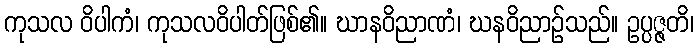
ကုသလ ဝိပါကံ၊ ကုသလဝိပါတ်ဖြစ်၏။ ဃာနဝိညာဏံ၊ ဃနဝိညာဉ်သည်။ ဥပ္ပဇ္ဇတိ၊